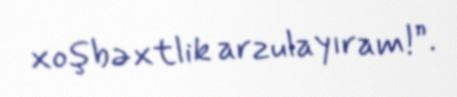
xoşbəxtlik arzulayıram!”.